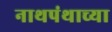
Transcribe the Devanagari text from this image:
नाथपंथाच्या